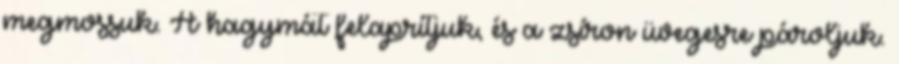
megmossuk. A hagymát felaprítjuk, és a zsíron üvegesre pároljuk.